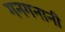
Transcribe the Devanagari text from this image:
गनगनानी